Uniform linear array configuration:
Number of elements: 4
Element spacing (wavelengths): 0.75
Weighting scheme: hann
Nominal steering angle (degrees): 45
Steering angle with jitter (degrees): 46.141
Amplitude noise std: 0.05
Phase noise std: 0.05

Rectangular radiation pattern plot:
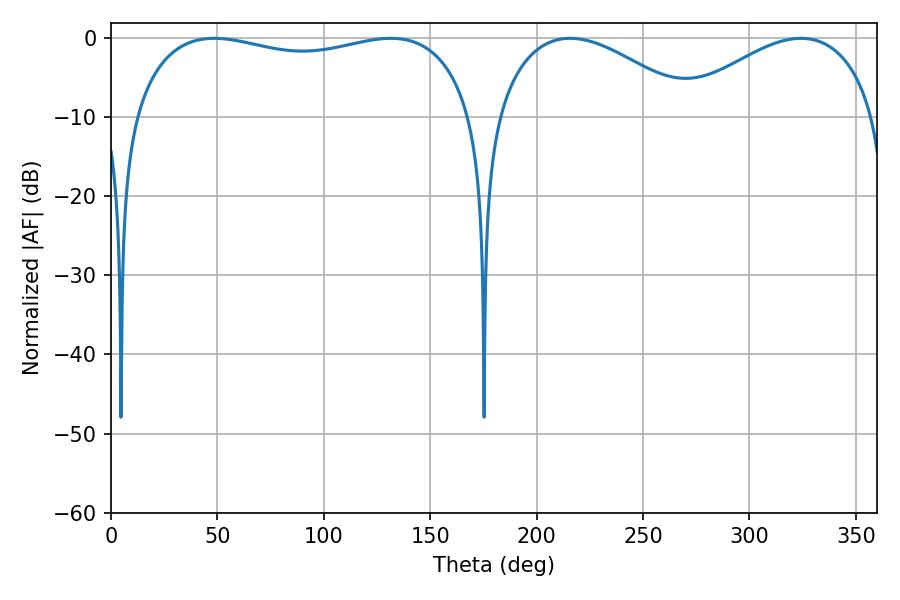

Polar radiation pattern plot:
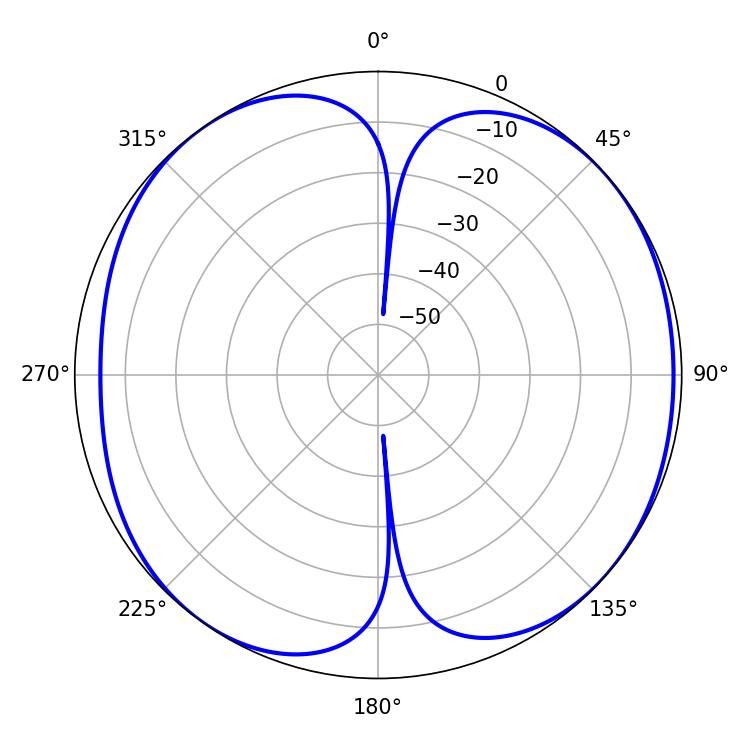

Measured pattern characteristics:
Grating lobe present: TRUE
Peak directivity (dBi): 7.775
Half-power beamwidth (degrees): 52.02
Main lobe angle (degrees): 215.82